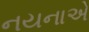
નયનાએ